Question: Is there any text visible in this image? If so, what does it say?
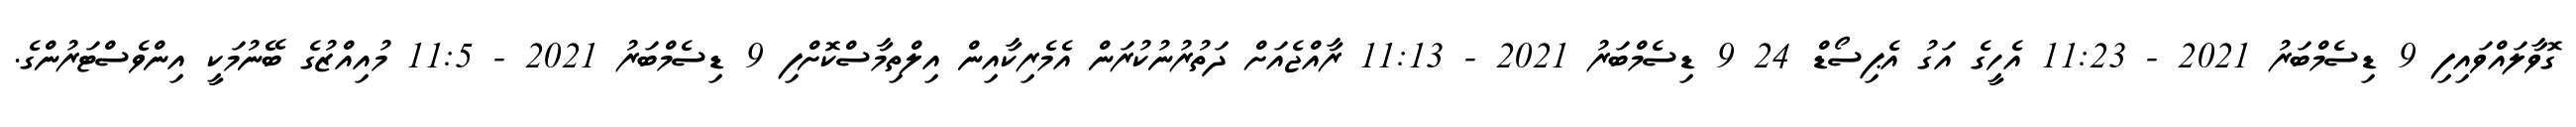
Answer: ގޮވާލައްވައިފި 9 ޑިސެމްބަރު 2021 - 11:23 އެހީގެ އަގު އެޕިސޯޑް 24 9 ޑިސެމްބަރު 2021 - 11:13 ރާއްޖެއަށް ދަތުރުނުކުރަން އެމެރިކާއިން އިލްތިމާސްކޮށްފި 9 ޑިސެމްބަރު 2021 - 11:5 މުއިއްޒުގެ ބޭނުމަކީ އިންވެސްޓަރުންގެ.